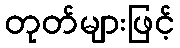
တုတ်များဖြင့်